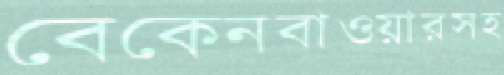
বেকেনবাওয়ারসহ